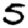
Digit: 5